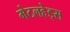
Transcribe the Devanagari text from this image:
मेटलहेड्स